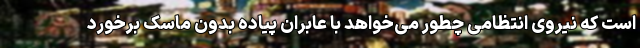
است که نیروی انتظامی چطور می‌خواهد با عابران پیاده بدون ماسک برخورد